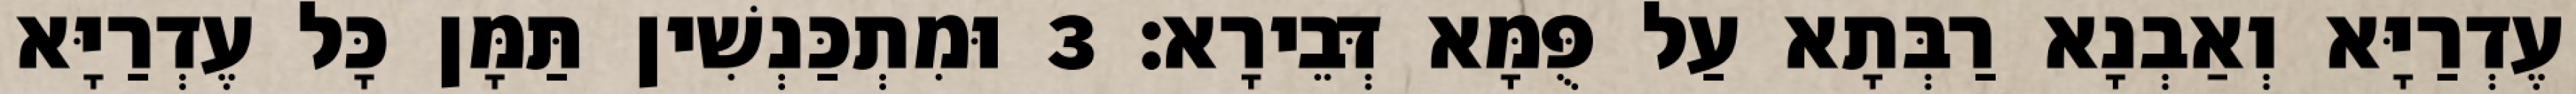
עֶדְרַיָּא וְאַבְנָא רַבְּתָא עַל פֻּמָּא דְּבֵירָא׃ 3 וּמִתְכַּנְשִׁין תַּמָּן כָּל עֶדְרַיָּא